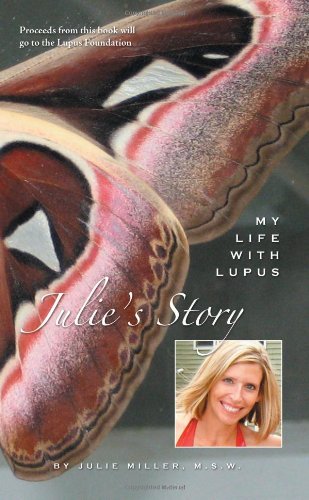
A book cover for Julie's Story, My Life With Lupus; Julie Miller; Health, Fitness & Dieting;